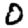
Digit: 0